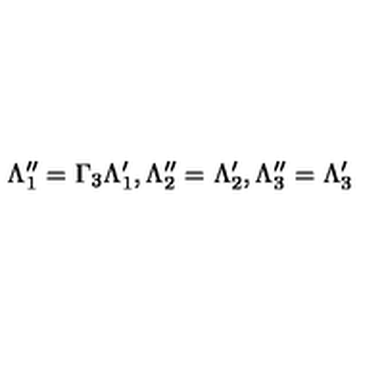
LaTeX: \Lambda _ { 1 } ^ { \prime \prime } = \Gamma _ { 3 } \Lambda _ { 1 } ^ { \prime } , \Lambda _ { 2 } ^ { \prime \prime } = \Lambda _ { 2 } ^ { \prime } , \Lambda _ { 3 } ^ { \prime \prime } = \Lambda _ { 3 } ^ { \prime }